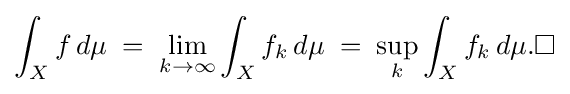
\int _{X}f\,d\mu \;=\;\lim _{k\to \infty }\int _{X}f_{k}\,d\mu \;=\;\sup _{k}\int _{X}f_{k}\,d\mu .\square